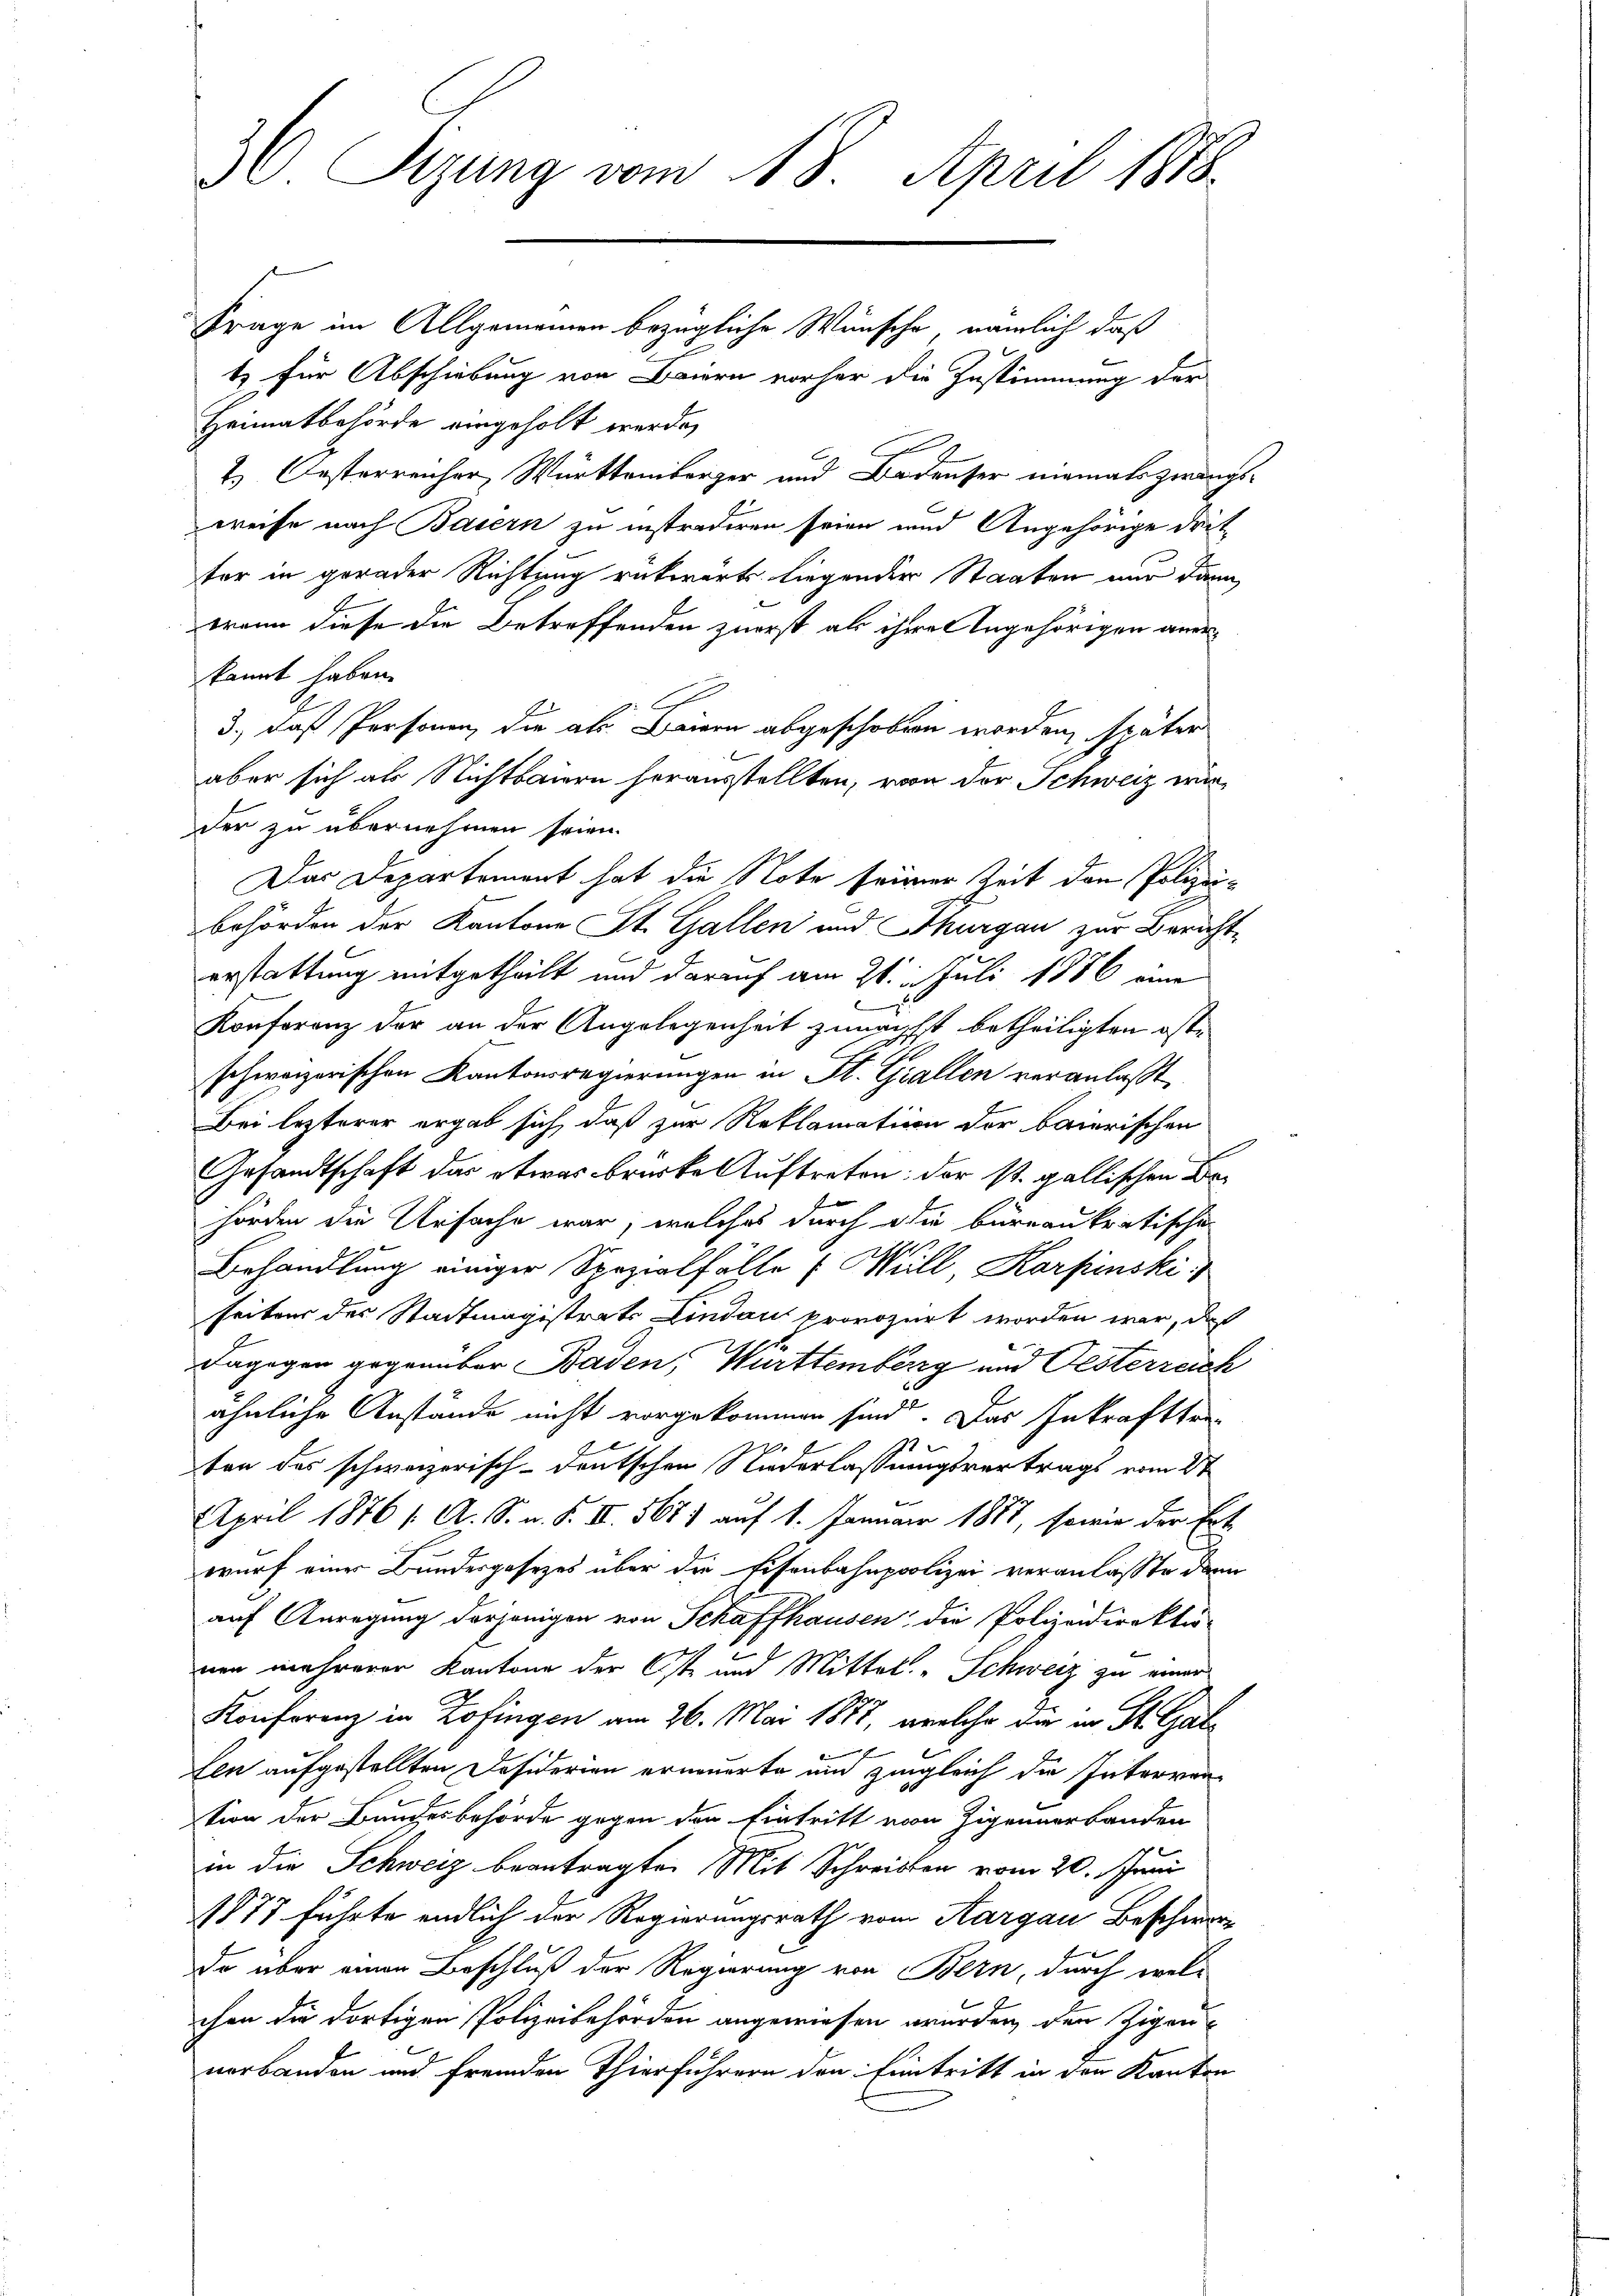
30. Sezung vom 18. April 1883.

Frage im Allgemeinen bezügliche Wünsche, nämlich daß
tz für Abschiebung von Baiern vorher die Zustimmung der
Heimatbehörde eingeholt werde,
2. Oesterreicher, Württemberger und Badenser niemals zwangsweise nach Basern zu instradiren seien und Angehörige dritter in gerader Richtung rückwärts liegender Staaten nur dann
wann diese die Betreffenden zuerst als ihren Angehörigen aner
kannt haben.
3., daß Personen, die als Baiern abgeschoben worden, später
aber sich an Nichtbauern herausstellten, von der Schweiz wurder zu übernehmen seien.
Das Departement hat die Note seiner Zeit den Polizeibehörden der Kantone St. Gallen und Thurgau zur Bericht-
erstattung mitgetheilt und darauf am 21. Juli 1886 eine
r
Konferenz der an der Angelegenheit zunächst betheiligten ostschweizerischen Kantonsregierungen in St. Gallen veranlaßt
Bei lezterer ergab sich, daß zur Reklamation der baierischen
Gesandtschaft das etwas brickeluftreten; der st. gallischen Behörden die Ursache war, welches durch die büreaukratischen
Behandlung einiger Spezialfälle (Müll Karpinski
seitens des Stadtmagistrats Lindau provozirt worden war, daß
dagegen gegenüber Basen, Württemberg und Oesterreich
ähnliche Anstände nicht vorgekommen sind. Das Inkrafttre-
ten das schweizerisch-deutschen Niederlassungsvertrags vom 8ten
April 1876 1. A. S. n. F. II. 5681 auf 1. Januar 1887, sowie der Ert
wurf einer Bundesgesezes über die Eisenbahnpolizei veranlasse den
auf Anregung derjenigen von Schaffhausen, die Polizeidirektio-
nen mehrerer Kantone der Ost- und Mittel. Schweiz zu einen
Konferenz in Zofingen am 26. Mai 1877, verlehr die in St. Galten aufgestellten Desiderien erneuerte und zugleich die Interrention der Bundesbehörde gegen den Eintritt von Zigeunerbanden
in die Schweiz beantragten Mit Schreiben vom 20. Juni
1877 führte endlich der Regierungsrath vom Aargau Beschworde über einen Beschluß der Regierung von Bern, durch wel-
chen die dortigen Polizeibehörden angewiesen werden, den Zigen
nerbanden und fremden Thierführern den Eintritt in den Kanton